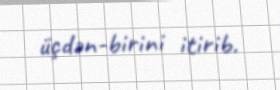
üçdən-birini itirib.